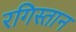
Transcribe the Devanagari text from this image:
रगिस्तान